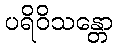
ပရိဝိသန္တော